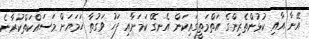
އޭނާ އާއި ކުޅުންތެރިންގެ އަތްމަތީގައިކަން އެނގޭ ކަމަށާއި ފަހު ވަގުތާ ހަމަޔަށް މަސައްކަތްކުރާނެ